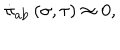
\dot { \pi } _ { \mathrm { a b } } \left( \sigma , \tau \right) \approx 0 ,